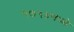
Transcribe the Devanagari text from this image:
१७५४मध्ये